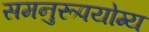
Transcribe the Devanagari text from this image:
समनुरूपयोग्य